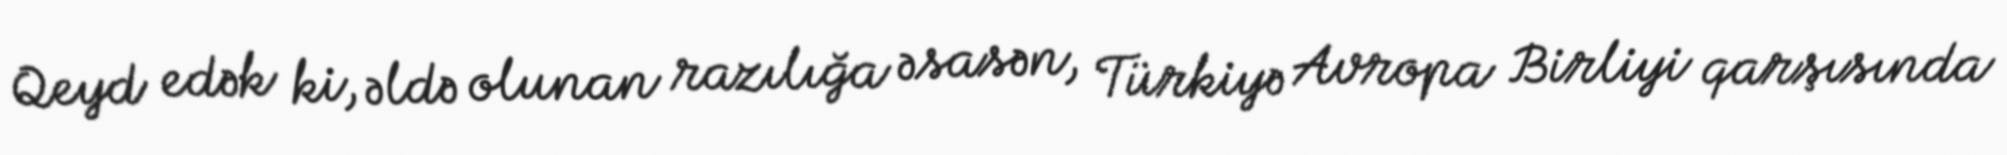
Qeyd edək ki, əldə olunan razılığa əsasən, Türkiyə Avropa Birliyi qarşısında